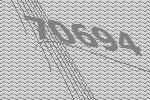
70694